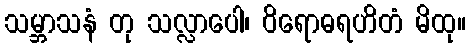
သမ္ဘာသနံ တု သလ္လာပေါ၊ ဝိရောဓရဟိတံ မိထု။